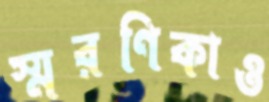
স্মরণিকাও